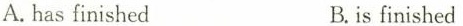
A.has finished B.is finished